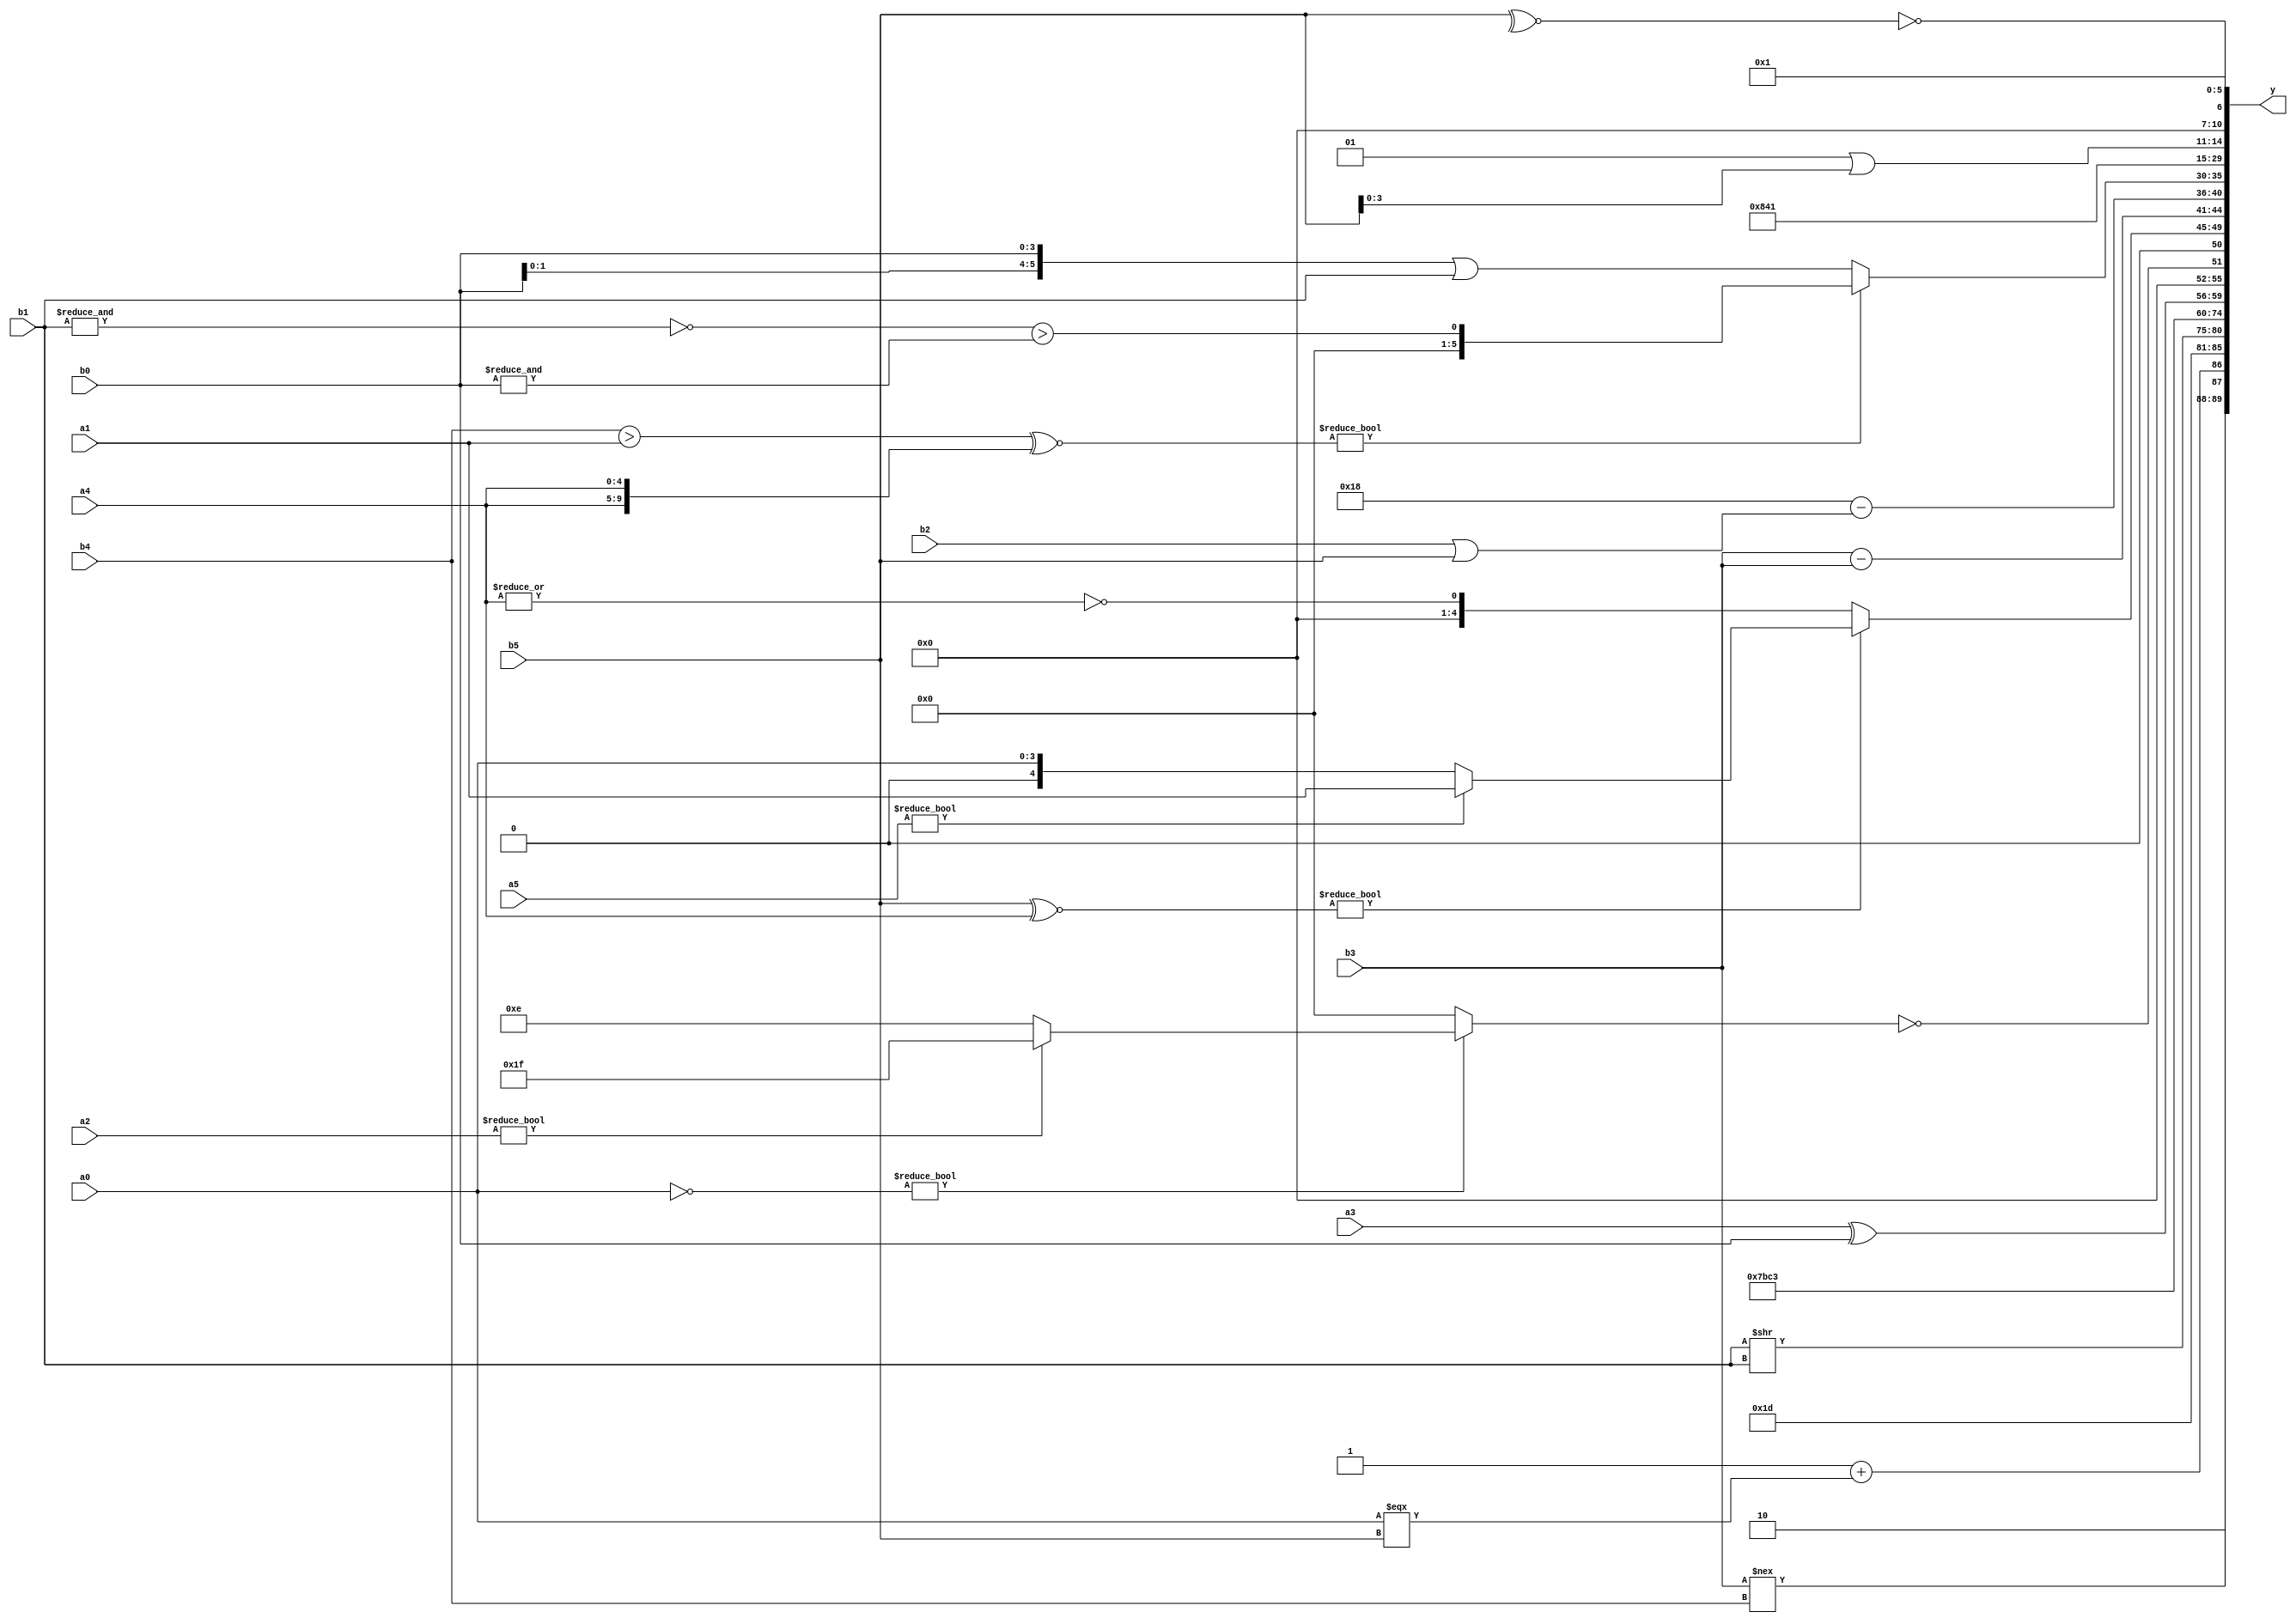
module expression_00670(a0, a1, a2, a3, a4, a5, b0, b1, b2, b3, b4, b5, y);
  input [3:0] a0;
  input [4:0] a1;
  input [5:0] a2;
  input signed [3:0] a3;
  input signed [4:0] a4;
  input signed [5:0] a5;

  input [3:0] b0;
  input [4:0] b1;
  input [5:0] b2;
  input signed [3:0] b3;
  input signed [4:0] b4;
  input signed [5:0] b5;

  wire [3:0] y0;
  wire [4:0] y1;
  wire [5:0] y2;
  wire signed [3:0] y3;
  wire signed [4:0] y4;
  wire signed [5:0] y5;
  wire [3:0] y6;
  wire [4:0] y7;
  wire [5:0] y8;
  wire signed [3:0] y9;
  wire signed [4:0] y10;
  wire signed [5:0] y11;
  wire [3:0] y12;
  wire [4:0] y13;
  wire [5:0] y14;
  wire signed [3:0] y15;
  wire signed [4:0] y16;
  wire signed [5:0] y17;

  output [89:0] y;
  assign y = {y0,y1,y2,y3,y4,y5,y6,y7,y8,y9,y10,y11,y12,y13,y14,y15,y16,y17};

  localparam [3:0] p0 = (|{3{{3{(3'd1)}}}});
  localparam [4:0] p1 = {(((5'd11)>=(2'd2))^~{(5'd31),(2'd1),(-5'sd11)}),{(((5'd14)|(-4'sd0))&((-2'sd1)^(4'd3)))}};
  localparam [5:0] p2 = ({(3'sd3),(4'd12),(3'sd3)}!=(6'd2 * (+(2'd2))));
  localparam signed [3:0] p3 = ((&(-3'sd1))!==((-2'sd1)?(3'd4):(5'sd5)));
  localparam signed [4:0] p4 = (-5'sd1);
  localparam signed [5:0] p5 = {({2{(-5'sd9)}}!=((4'sd7)<(2'd3))),{1{((4'sd4)+(2'sd0))}}};
  localparam [3:0] p6 = ((-4'sd2)|(3'd4));
  localparam [4:0] p7 = (+(((-2'sd0)|(-2'sd1))&((2'd1)<<<(4'd0))));
  localparam [5:0] p8 = (~&((!((&(2'd0))+(&(4'sd1))))||(((4'sd3)<(-2'sd0))/(3'sd0))));
  localparam signed [3:0] p9 = ((-4'sd7)!=(5'd2 * (~(~(2'd2)))));
  localparam signed [4:0] p10 = (5'd21);
  localparam signed [5:0] p11 = (-3'sd2);
  localparam [3:0] p12 = (2'd3);
  localparam [4:0] p13 = (((4'sd3)===(2'd2))/(2'd1));
  localparam [5:0] p14 = (~{({{(3'd3)}}>>>(~|((-3'sd2)?(5'd0):(3'sd2))))});
  localparam signed [3:0] p15 = ((~&((4'sd3)?(4'd7):(5'sd9)))?(|(-((2'sd0)%(-5'sd3)))):((~^(2'sd1))*((5'd4)%(2'd1))));
  localparam signed [4:0] p16 = {(-3'sd0)};
  localparam signed [5:0] p17 = (~(2'd3));

  assign y0 = {(-(-(p15?p14:p14))),((~p2)?(b3!==b4):(a1||p14)),(-((p5>=p3)+(a0===b5)))};
  assign y1 = (5'd29);
  assign y2 = (b1>>b1);
  assign y3 = (-5'sd1);
  assign y4 = {4{(^p9)}};
  assign y5 = (5'd3);
  assign y6 = {2{{2{$signed((a3^b0))}}}};
  assign y7 = (+({2{(!{4{p14}})}}?(|({2{p15}}&&(b4-b0))):(!((~a0)?(a2?p4:p6):(!p9)))));
  assign y8 = ((b5^~a4)?(a5?a1:a0):(~|a4));
  assign y9 = {4{$unsigned({1{(b3-b3)}})}};
  assign y10 = ((6'd2 * p1)-(b2||b5));
  assign y11 = (((b4>a1)^~{2{a4}})?((~^(&b1))>(&(&b0))):({3{b0}}|(a4?b1:b1)));
  assign y12 = ({{p4,p13},(p1>>>p4),{(~^p4)}}^(~&(~|{(a4===a3),(~&p13),(p1<<b2)})));
  assign y13 = (~^(~^((5'd7)>=(3'd7))));
  assign y14 = ((~|(+p14))<$signed((p12?p17:p6)));
  assign y15 = $signed({1{($signed(((p3|b5))))}});
  assign y16 = (~^{(&($unsigned((&$signed(((~^b5)))))))});
  assign y17 = ((p2?p13:p2)<={p7,p15,p13});
endmodule